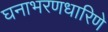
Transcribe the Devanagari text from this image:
घनाभरणधारिणे